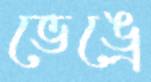
ভেঙ্রে